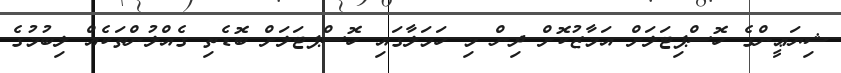
ޝިޔަޢީންގެ ހޮސްޕިޓަލަށް އަމާޒުކޮށް ދިން މި ހަމަލާގައި ހޮސްޕޓަލަށް ބޮޑެތި ގެއްލުންތަކެއް ލިބުމުގެ